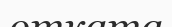
отката